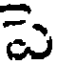
పె